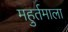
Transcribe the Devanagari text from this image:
महुर्तमाला